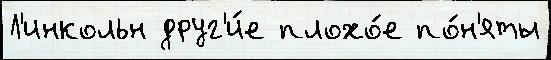
Л'инкольн друг'и́е плохо́е по́н'яты